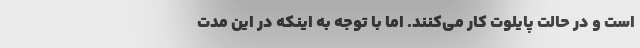
است و در حالت پایلوت کار می‌کنند. اما با توجه به اینکه در این مدت